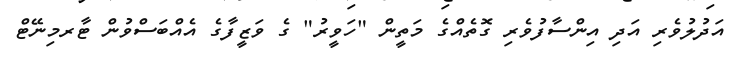
އަދުލުވެރި އަދި އިންސާފުވެރި ގޮތެއްގެ މަތީން "ހަވީރު" ގެ ވަޒީފާގެ އެއްބަސްވުން ޓާރމިނޭޓް